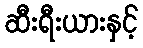
ဆီးရီးယားနှင့်